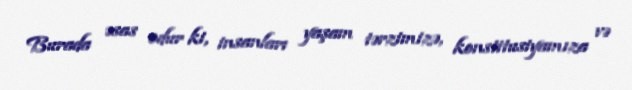
Burada əsas odur ki, insanları yaşam tərzimizə, konstitusiyamıza və